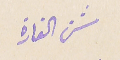
شن الغارة